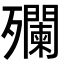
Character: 𣩼